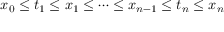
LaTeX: x _ { 0 } \leq t _ { 1 } \leq x _ { 1 } \leq \cdots \leq x _ { n - 1 } \leq t _ { n } \leq x _ { n } \,